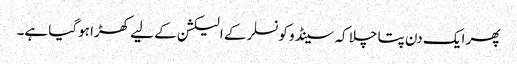
پھر ایک دن پتا چلا کہ سینڈو کونسلر کے الیکشن کے لیے کھڑا ہوگیا ہے۔